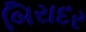
બિરાદર